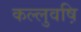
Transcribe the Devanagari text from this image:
कल्लुवष़ि